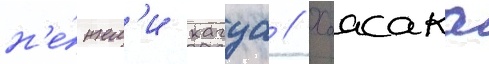
н'е́жел'и кагуа // Хаасака